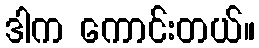
ဒါက ကောင်းတယ်။